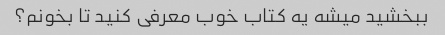
ببخشید میشه یه کتاب خوب معرفی کنید تا بخونم؟